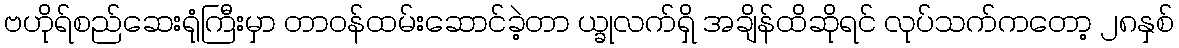
ဗဟိုရ်စည်ဆေးရုံကြီးမှာ တာဝန်ထမ်းဆောင်ခဲ့တာ ယ္ခုလက်ရှိ အချိန်ထိဆိုရင် လုပ်သက်ကတော့ ၂၈နှစ်